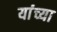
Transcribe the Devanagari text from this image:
यांंच्या